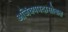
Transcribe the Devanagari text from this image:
अजिंक्यपदासोबत